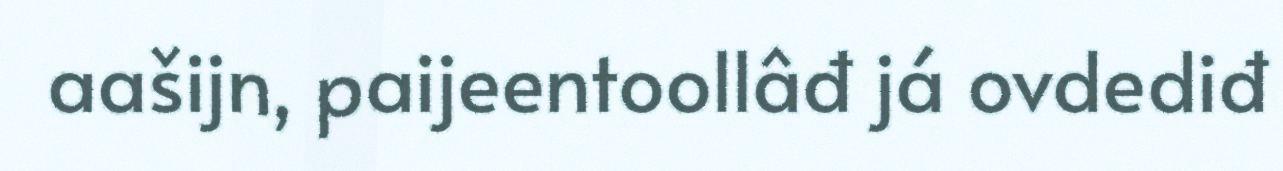
aašijn, paijeentoollâđ já ovdediđ